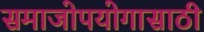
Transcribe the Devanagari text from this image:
समाजोपयोगासाठी